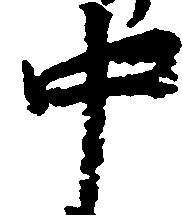
中